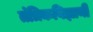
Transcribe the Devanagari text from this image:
तंत्रिकविज्ञानी